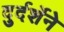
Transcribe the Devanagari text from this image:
दुर्दर्शेने